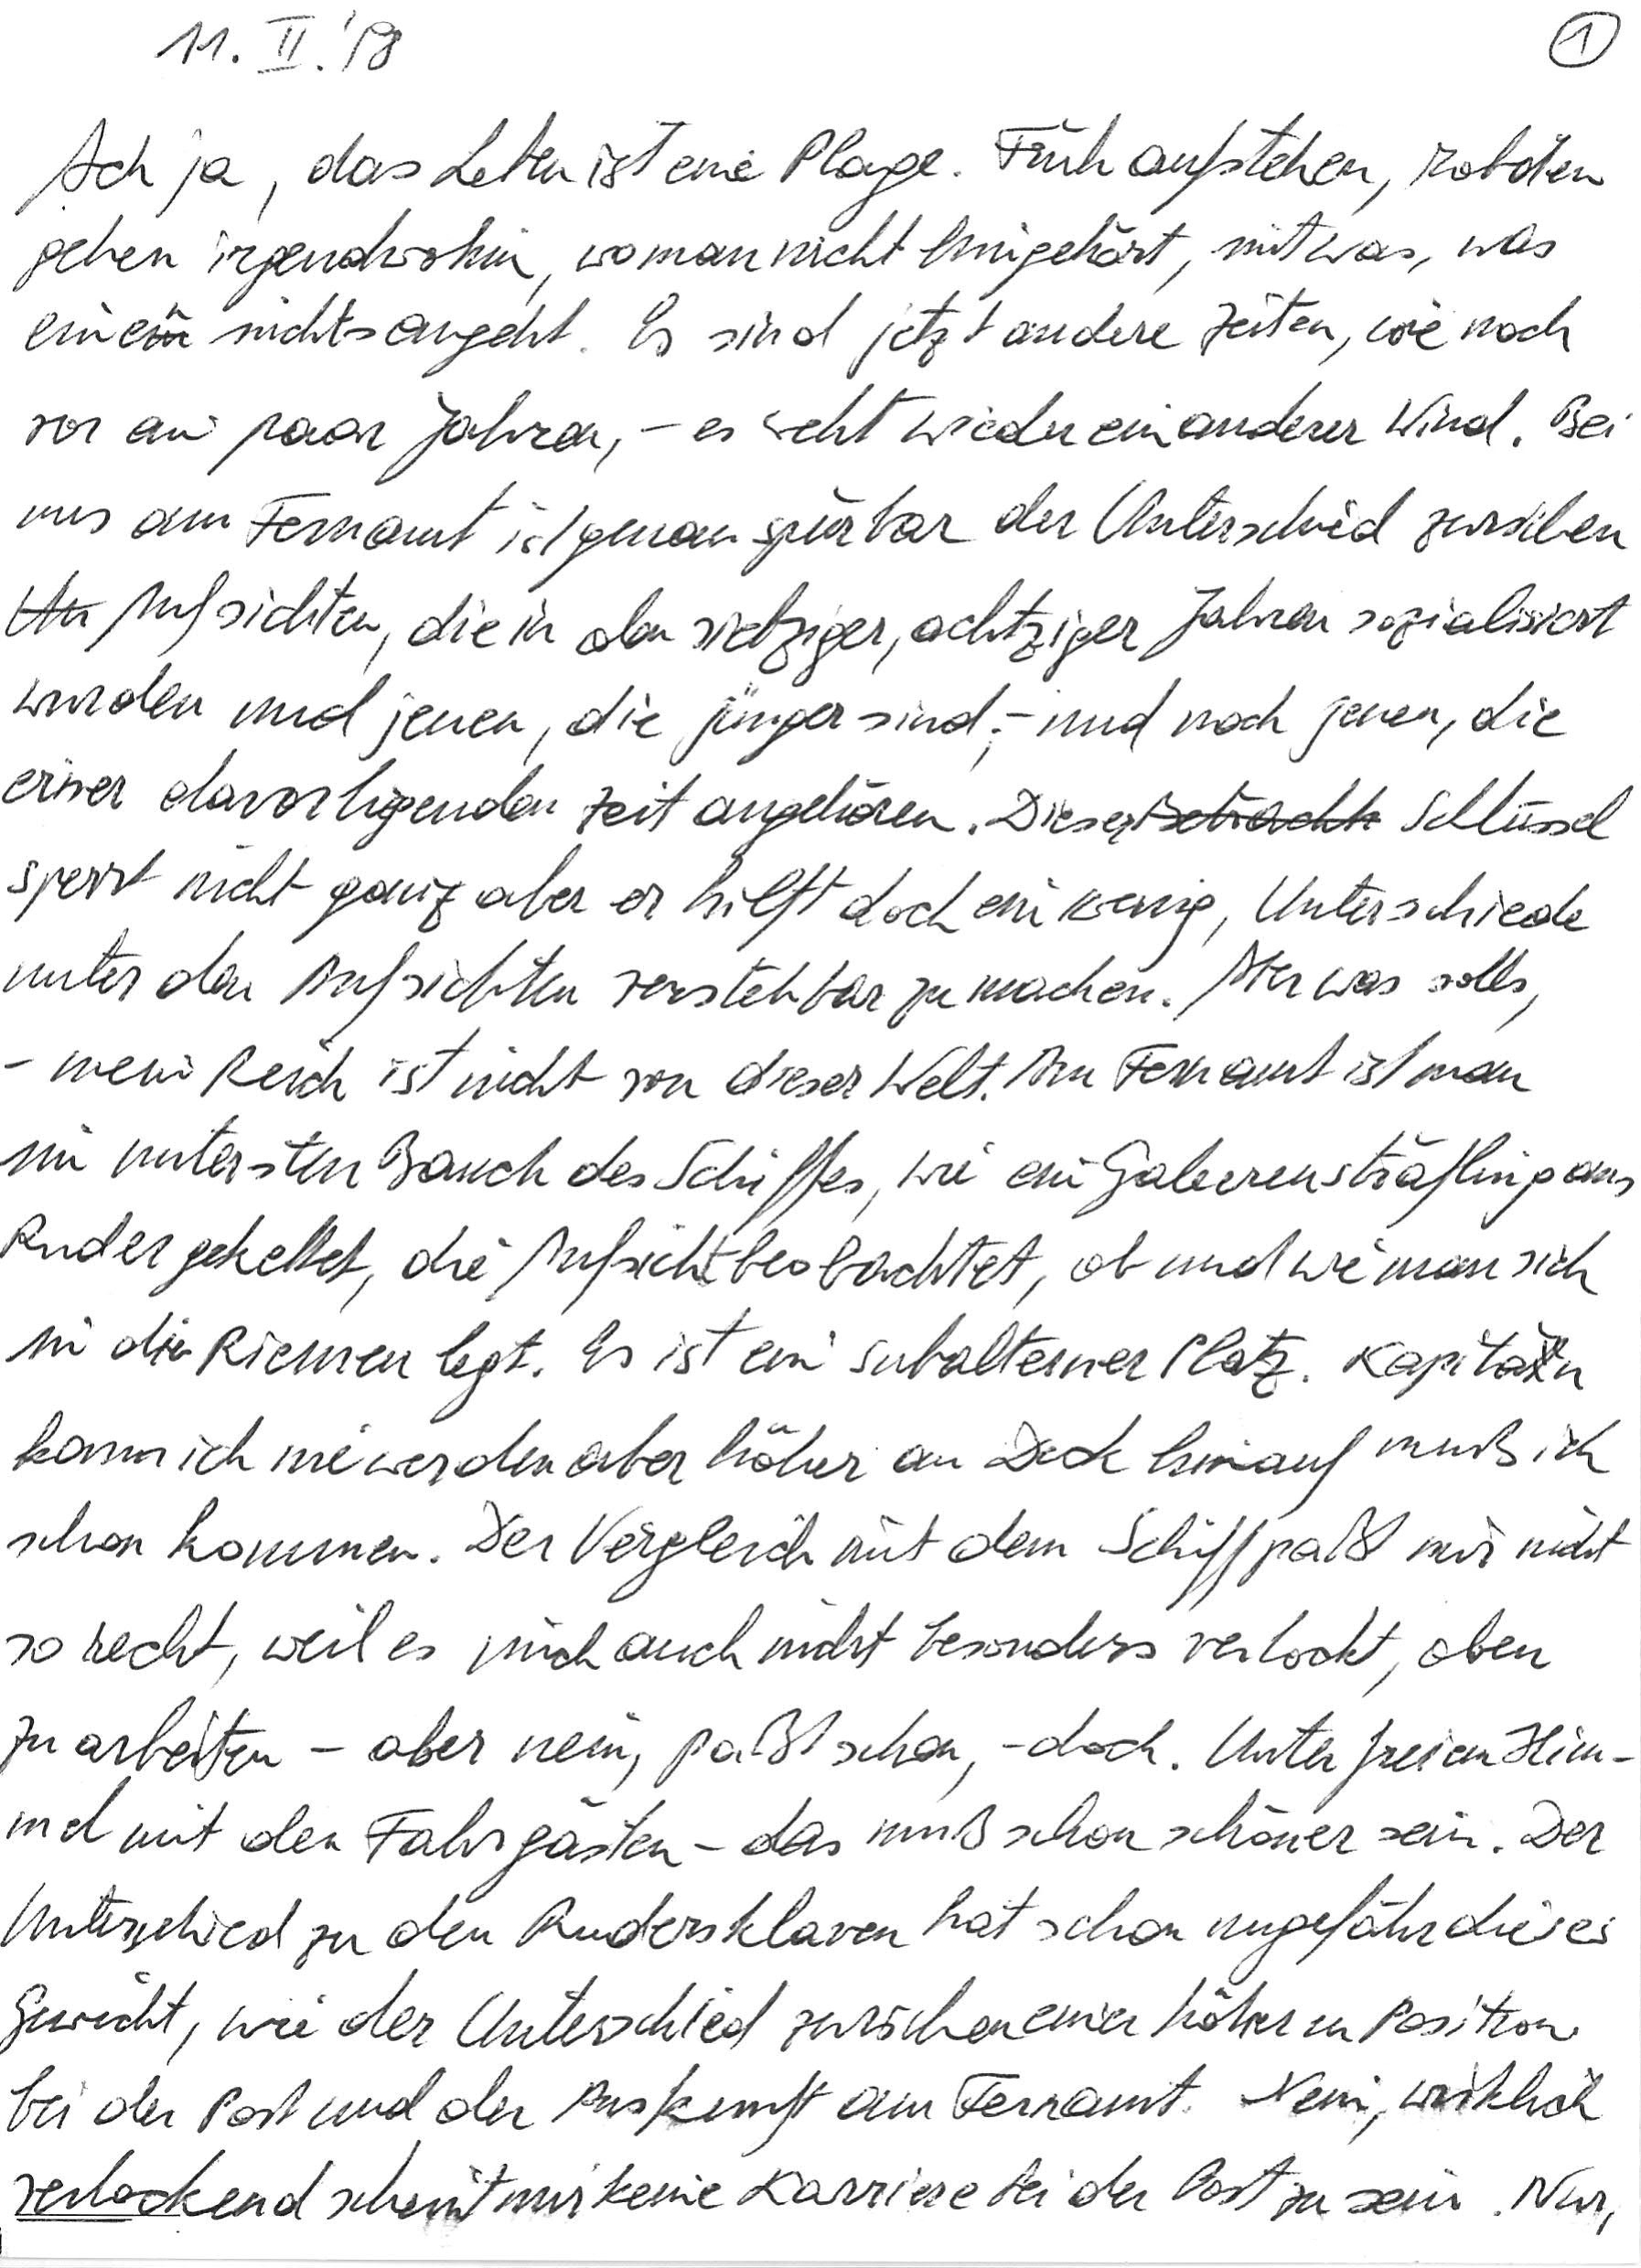
11. II. ‘98
Ach ja, das Leben ist eine Plage. Früh aufstehen, roboten
gehen irgendwohin, wo man nicht hingehört, mit was, was
einen nichts angeht. Es sind jetzt andere Zeiten, wie noch
vor ein paar Jahren, – es weht wieder ein anderer Wind. Bei
uns am Fernamt ist genau spürbar der Unterschied zwischen
Aufsichten, die in den siebziger, achtziger Jahren sozialisiert
wurden und jenen, die jünger sind; – und noch jenen, die
einer davorliegenden Zeit angehören. Dieser Schlüssel
sperrt nicht ganz aber er hilft doch ein wenig, Unterschiede
unter den Aufsichten verstehbar zu machen. Aber was solls,
– mein Reich ist nicht von dieser Welt. Am Fernamt ist man
im untersten Bauch des Schiffes, wie ein Galeerensträfling ans
Ruder gekettet, die Aufsicht beobachtet, ob und wie man sich
in die Riemen legt. Es ist ein subalterner Platz. Kapitän
kann ich nie werden aber höher an Deck hinauf muß ich
schon kommen. Der Vergleich mit dem Schiff paßt mir nicht
so recht, weil es mich auch nicht besonders verlockt, oben
zu arbeiten – aber nein, paßt schon, – doch. Unter freiem Him-
mel mit den Fahrgästen – das muß schon schöner sein. Der
Unterschied zu den Rudersklaven hat schon ungefähr dieses
Gewicht, wie der Unterschied zwischen einer höheren Position
bei der Post und der Auskunft am Fernamt. Nein, wirklich
verlockend scheint mir keine Karriere bei der Post zu sein. Nur,